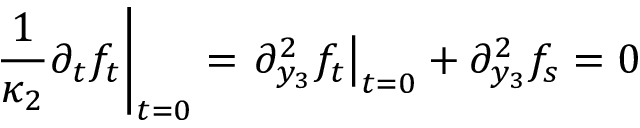
\left. \frac { 1 } { \kappa _ { 2 } } \partial _ { t } f _ { t } \right| _ { t = 0 } = \left. \partial _ { y _ { 3 } } ^ { 2 } f _ { t } \right| _ { t = 0 } + \partial _ { y _ { 3 } } ^ { 2 } f _ { s } = 0